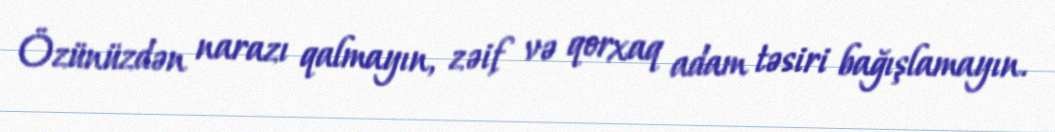
Özünüzdən narazı qalmayın, zəif və qorxaq adam təsiri bağışlamayın.